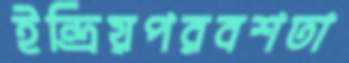
ইন্দ্রিয়পরবশতা